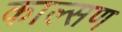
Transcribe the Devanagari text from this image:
काल्सण